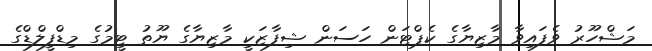
މަޝްހޫރު ވެފައިވާ މާޒިޔާގެ ކެޕްޓަން ހަސަން ޝިފާޒަކީ މާޒިޔާގެ ޔޫތު ޓީމުގެ މިޑްފީލްޑްގެ